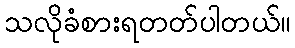
သလိုခံစားရတတ်ပါတယ်။